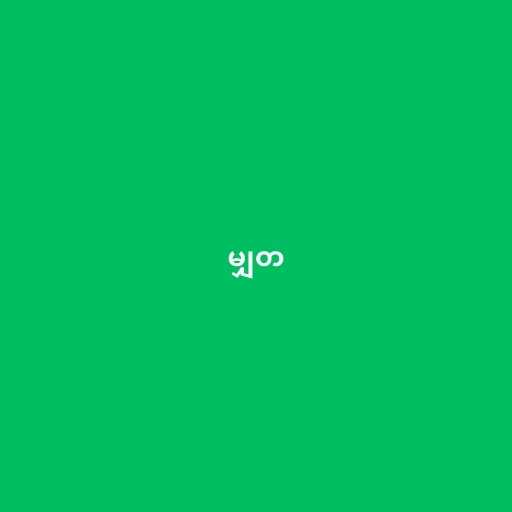
မျှတ